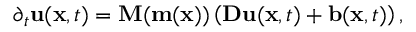
\partial _ { t } \mathbf { u } ( \mathbf { x } , t ) = \mathbf { M } ( \mathbf { m } ( \mathbf { x } ) ) \left( \mathbf { D } \mathbf { u } ( \mathbf { x } , t ) + \mathbf { b } ( \mathbf { x } , t ) \right) ,